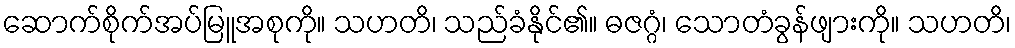
ဆောက်စိုက်အပ်မြူအစုကို။ သဟတိ၊ သည်ခံနိုင်၏။ ဓဇဂ္ဂံ၊ သောတံခွန်ဖျားကို။ သဟတိ၊